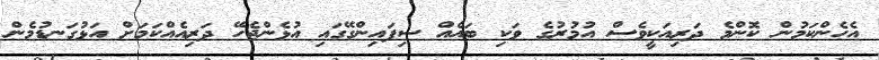
އެހެންކަމުން ކޮންމެ ދަރިއަކީވެސް އުމުރުގެ ވަކި ބައެއް ސިފައިންގޭގައި އުޅެންޖެހޭ ދަރިއެއްކަމަށް އަޅުގަނޑުމެން